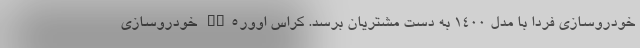
خودروسازی فردا با مدل ۱۴۰۰ به دست مشتریان برسد. کراس اوورSX5 خودروسازی